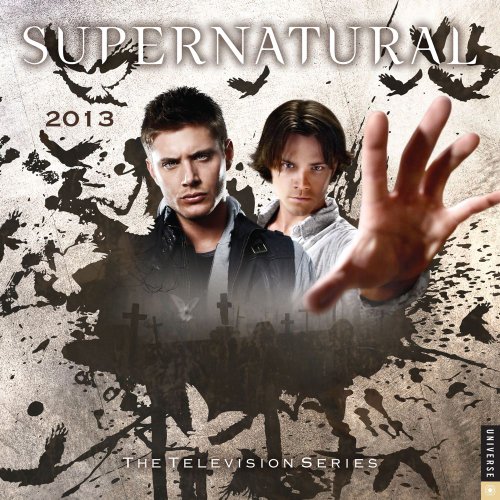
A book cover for Supernatural 2013 Wall Calendar: The Television Series; Warner Bros.; Calendars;